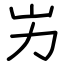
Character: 屴